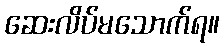
ဆေးလိပ်မသောက်ရ။